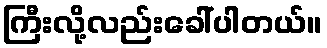
ကြီးလို့လည်းခေါ်ပါတယ်။